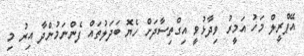
އޭޕްރީލް މަހު އަމީރު ވިދާޅުވީ އިގްތިސާދަށް ހެޔޮ ބަދަލުތައް ފެންނަމުންދާ އިރު މި